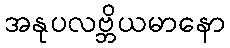
အနုပလဗ္ဘိယမာနော